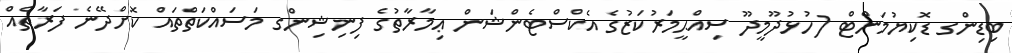
ބިޑިންގ ޑޮކިޔުމަންޓް (ހުޅުދޫމީދޫ ސިއްޙީމަރުކަޒުގެ އެކްސްޓެންޝަން ޢިމާރާތުގެ ފިނިޝިންގ މަސައްކަތްތައް ކޮށްދޭނެ ފަރާތެއް